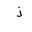
Letter: _thal